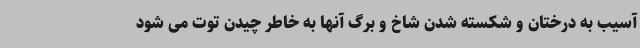
آسیب به درختان و شکسته شدن شاخ و برگ آنها به خاطر چیدن توت می شود